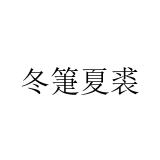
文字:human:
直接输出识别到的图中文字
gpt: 冬箑夏裘